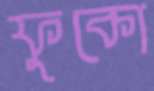
ফুকো